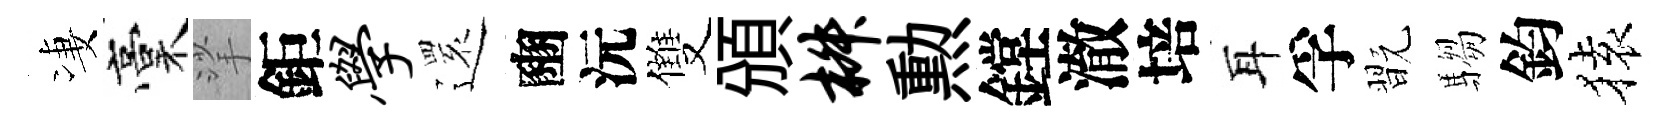
凄稾挲鉅学𮟃豳沅雙頒椒勲鏜澈培耳孚翫騶鈞𫞤